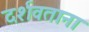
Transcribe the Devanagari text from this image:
दर्शवताना